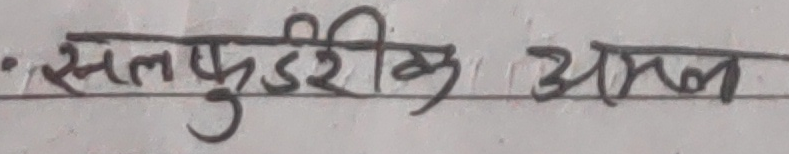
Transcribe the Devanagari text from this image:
सल्फूरिक अम्ल